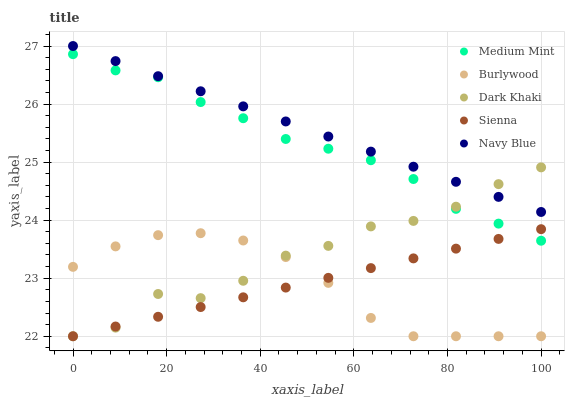
| xaxis_label | Medium Mint | Burlywood | Dark Khaki | Sienna | Navy Blue |
 | --- | --- | --- | --- | --- | --- |
 | 0 | 26.9 | 23.2 | 22 | 22 | 27 |
 | 9.09 | 26.6 | 23.5 | 22.1 | 22.2 | 26.7 |
 | 18.2 | 26.5 | 23.7 | 22.7 | 22.3 | 26.5 |
 | 27.3 | 26 | 23.8 | 22.7 | 22.5 | 26.2 |
 | 36.4 | 25.8 | 23.6 | 23 | 22.7 | 26 |
 | 45.5 | 25.4 | 23.4 | 23.4 | 22.8 | 25.7 |
 | 54.5 | 25.2 | 22.9 | 23.6 | 23 | 25.4 |
 | 63.6 | 25 | 22.3 | 23.9 | 23.2 | 25.2 |
 | 72.7 | 24.7 | 22 | 24 | 23.3 | 24.9 |
 | 81.8 | 24.2 | 22 | 24.2 | 23.5 | 24.7 |
 | 90.9 | 23.9 | 22 | 24.6 | 23.7 | 24.4 |
 | 100 | 23.6 | 22 | 24.9 | 23.8 | 24.1 |